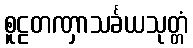
စူဠတဏှာသင်္ခယသုတ္တံ